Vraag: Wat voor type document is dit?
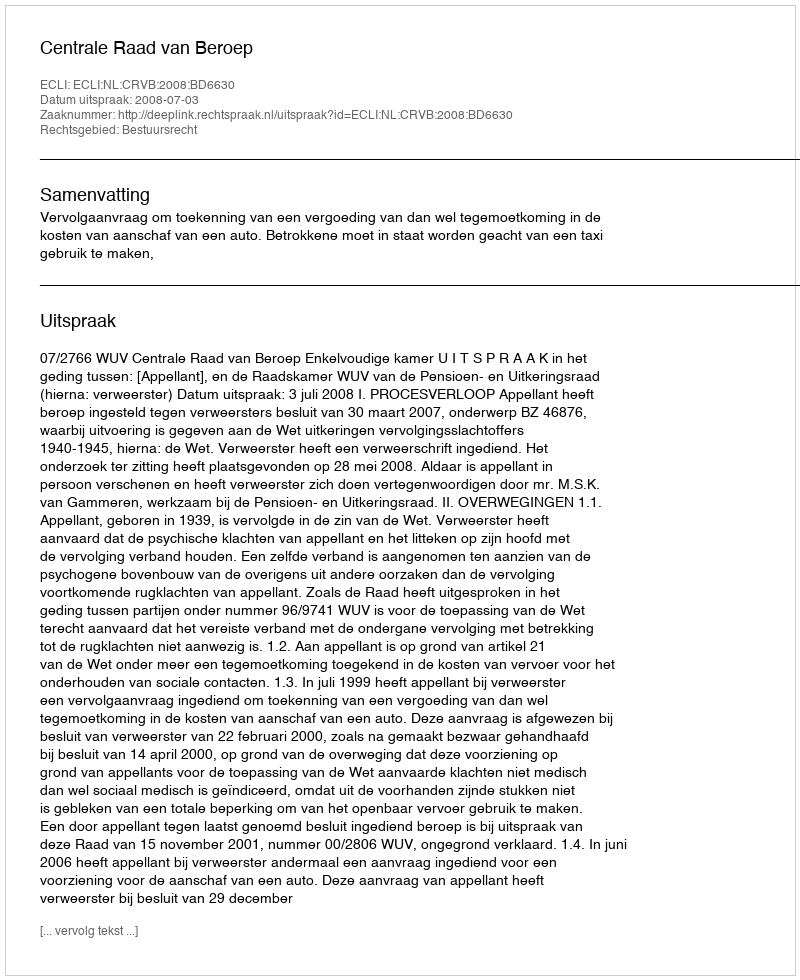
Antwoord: Uitspraak